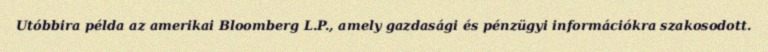
Utóbbira példa az amerikai Bloomberg L.P., amely gazdasági és pénzügyi információkra szakosodott.